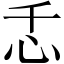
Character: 忎